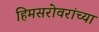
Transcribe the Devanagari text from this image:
हिमसरोवरांच्या